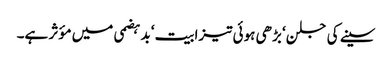
سینے کی جلن‘ بڑھی ہوئی تیزابیت‘ بدہضمی میں مؤثر ہے۔